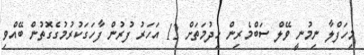
މިހަފްލާ ނިމުނީ ވޭލް ސަބްމެރިން ޚިދުމަތަށް 12 އަހަރު ފުރުން ފާހަގަކުރުމުގެގޮތުން ބޭއްވި